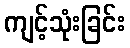
ကျင့်သုံးခြင်း